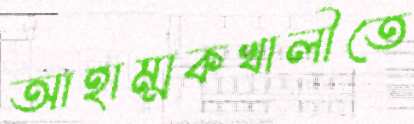
আহাম্মকখালীতে